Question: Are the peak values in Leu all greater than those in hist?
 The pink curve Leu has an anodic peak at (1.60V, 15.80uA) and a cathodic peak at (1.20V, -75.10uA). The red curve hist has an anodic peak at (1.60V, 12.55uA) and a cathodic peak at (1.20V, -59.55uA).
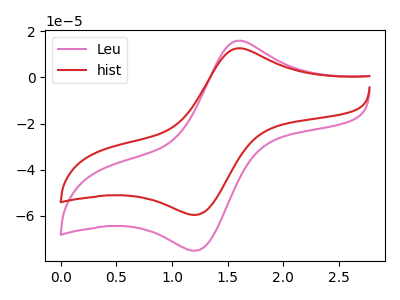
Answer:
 <answer>Every peak in "Leu" is higher than every peak in "hist".</answer>
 <eval>higher</eval>